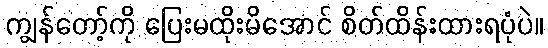
ကျွန်တော့်ကို ပြေးမထိုးမိအောင် စိတ်ထိန်းထားရပုံပဲ။